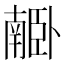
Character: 𦣰